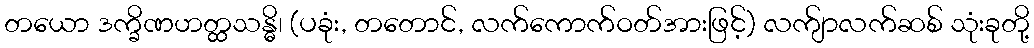
တယော ဒက္ခိဏဟတ္ထသန္ဓိ၊ (ပခုံး, တတောင်, လက်ကောက်ဝတ်အားဖြင့်) လက်ျာလက်ဆစ် သုံးခုတို့